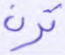
ترن